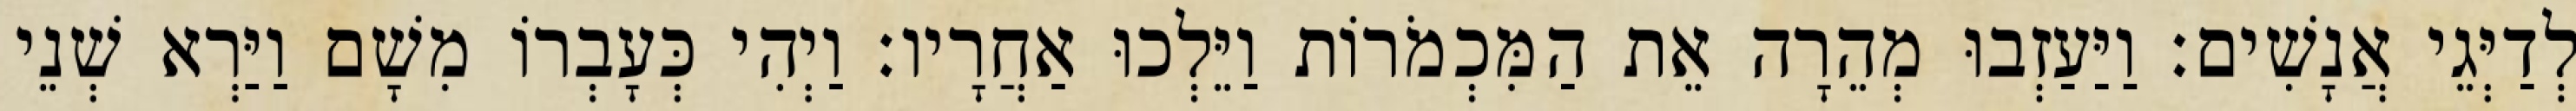
לְדַיְּגֵי אֲנָשִׁים׃ וַיַּעַזְבוּ מְהֵרָה אֵת הַמִּכְמֹרוֹת וַיֵּלְכוּ אַחֲרָיו׃ וַיְהִי כְּעָבְרוֹ מִשָׁם וַיַּרְא שְׁנֵי